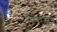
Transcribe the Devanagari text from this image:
पैकेज़